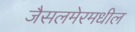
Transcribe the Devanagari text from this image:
जैसलमेरमधील